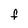
Character: F